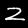
Label: 2